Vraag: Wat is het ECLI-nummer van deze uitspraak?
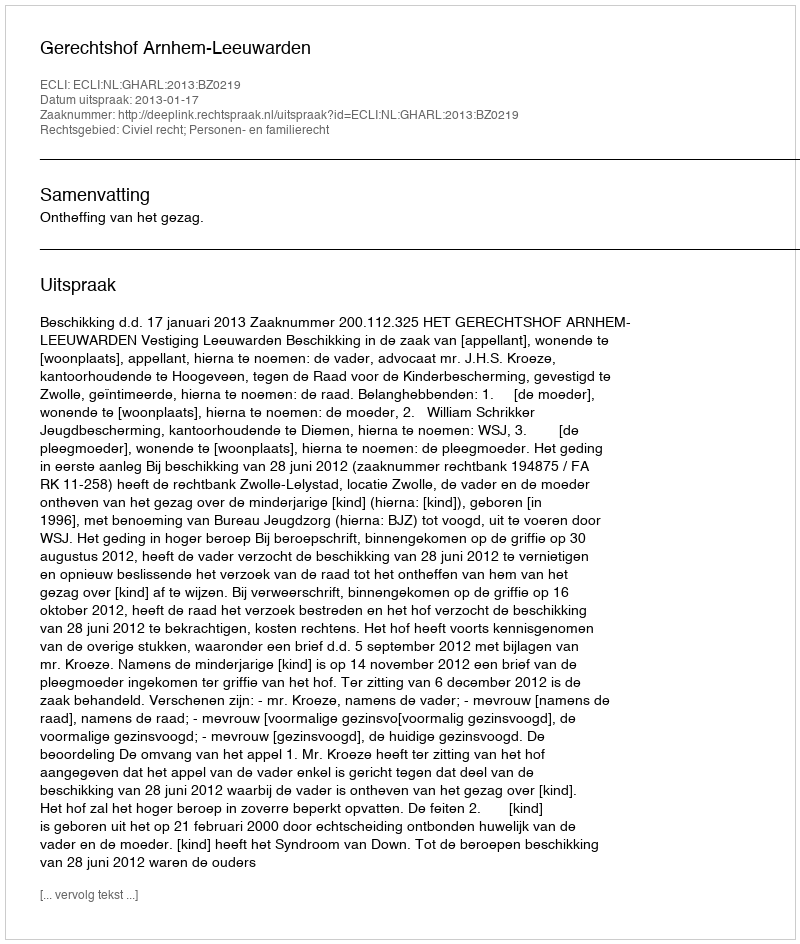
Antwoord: ECLI:NL:GHARL:2013:BZ0219